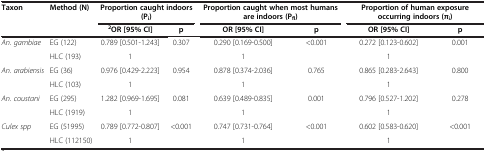
<table><thead><tr><td><b>Taxon</b></td><td><b>Method (N)</b></td><td colspan="2"><b>Proportion caught indoors (P<sub>i</sub>)</b></td><td colspan="2"><b>Proportion caught when most humans are indoors (P<sub>fl</sub>)</b></td><td colspan="2"><b>Proportion of human exposure occurring indoors (π<sub>i</sub>)</b></td></tr><tr><td><b> </b></td><td><b> </b></td><td><b><sup>2</sup>OR [95% CI]</b></td><td><b>p</b></td><td><b>OR [95% CI]</b></td><td><b>p</b></td><td><b>OR [95% CI]</b></td><td><b>p</b></td></tr></thead><tbody><tr><td><i>An. gambiae</i></td><td>EG (122)</td><td>0.789 [0.501-1.243]</td><td>0.307</td><td>0.290 [0.169-0.500]</td><td>&lt;0.001</td><td>0.272 [0.123-0.602]</td><td>0.001</td></tr><tr><td> </td><td>HLC (193)</td><td>1</td><td> </td><td>1</td><td> </td><td>1</td><td> </td></tr><tr><td><i>An. arabiensis</i></td><td>EG (36)</td><td>0.976 [0.429-2.223]</td><td>0.954</td><td>0.878 [0.374-2.036]</td><td>0.765</td><td>0.865 [0.283-2.643]</td><td>0.800</td></tr><tr><td> </td><td>HLC (103)</td><td>1</td><td> </td><td>1</td><td> </td><td>1</td><td> </td></tr><tr><td><i>An. coustani</i></td><td>EG (295)</td><td>1.282 [0.969-1.695]</td><td>0.081</td><td>0.639 [0.489-0.835]</td><td>0.001</td><td>0.796 [0.527-1.202]</td><td>0.278</td></tr><tr><td> </td><td>HLC (1919)</td><td>1</td><td> </td><td>1</td><td> </td><td>1</td><td> </td></tr><tr><td><i>Culex spp</i></td><td>EG (51995)</td><td>0.789 [0.772-0.807]</td><td>&lt;0.001</td><td>0.747 [0.731-0.764]</td><td>&lt;0.001</td><td>0.602 [0.583-0.620]</td><td>&lt;0.001</td></tr><tr><td> </td><td>HLC (112150)</td><td>1</td><td> </td><td>1</td><td> </td><td>1</td><td> </td></tr></tbody></table>